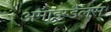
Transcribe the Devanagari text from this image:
अमाइग्डैलस